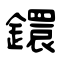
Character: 鐶